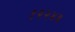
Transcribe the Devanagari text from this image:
१२२४३